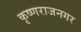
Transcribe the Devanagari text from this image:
कृष्णराजनगर